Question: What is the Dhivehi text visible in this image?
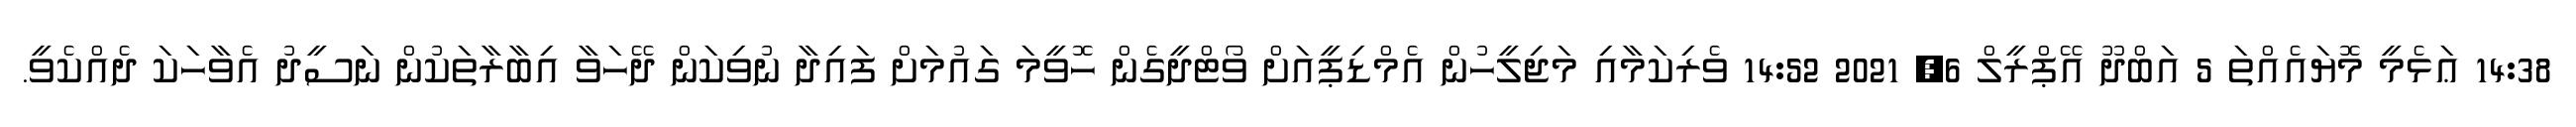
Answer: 14:38 ޢަޅެމީ މޮޔައެއްތަ 5 އަބްދޫ އޭޕްރީލް 6, 2021 14:52 ވެރިކަމާއި މަޖިލީހުން އެމްޑިޕީއަށް ވޯޓްދީގެން ހޮވީމަ ގައުމަށް ފައިދާ ނުވިކަން ދޭހަވާ އިބާރާތަކުން ނަސީދު އެވާހަކަ ދެއްކެވީ.